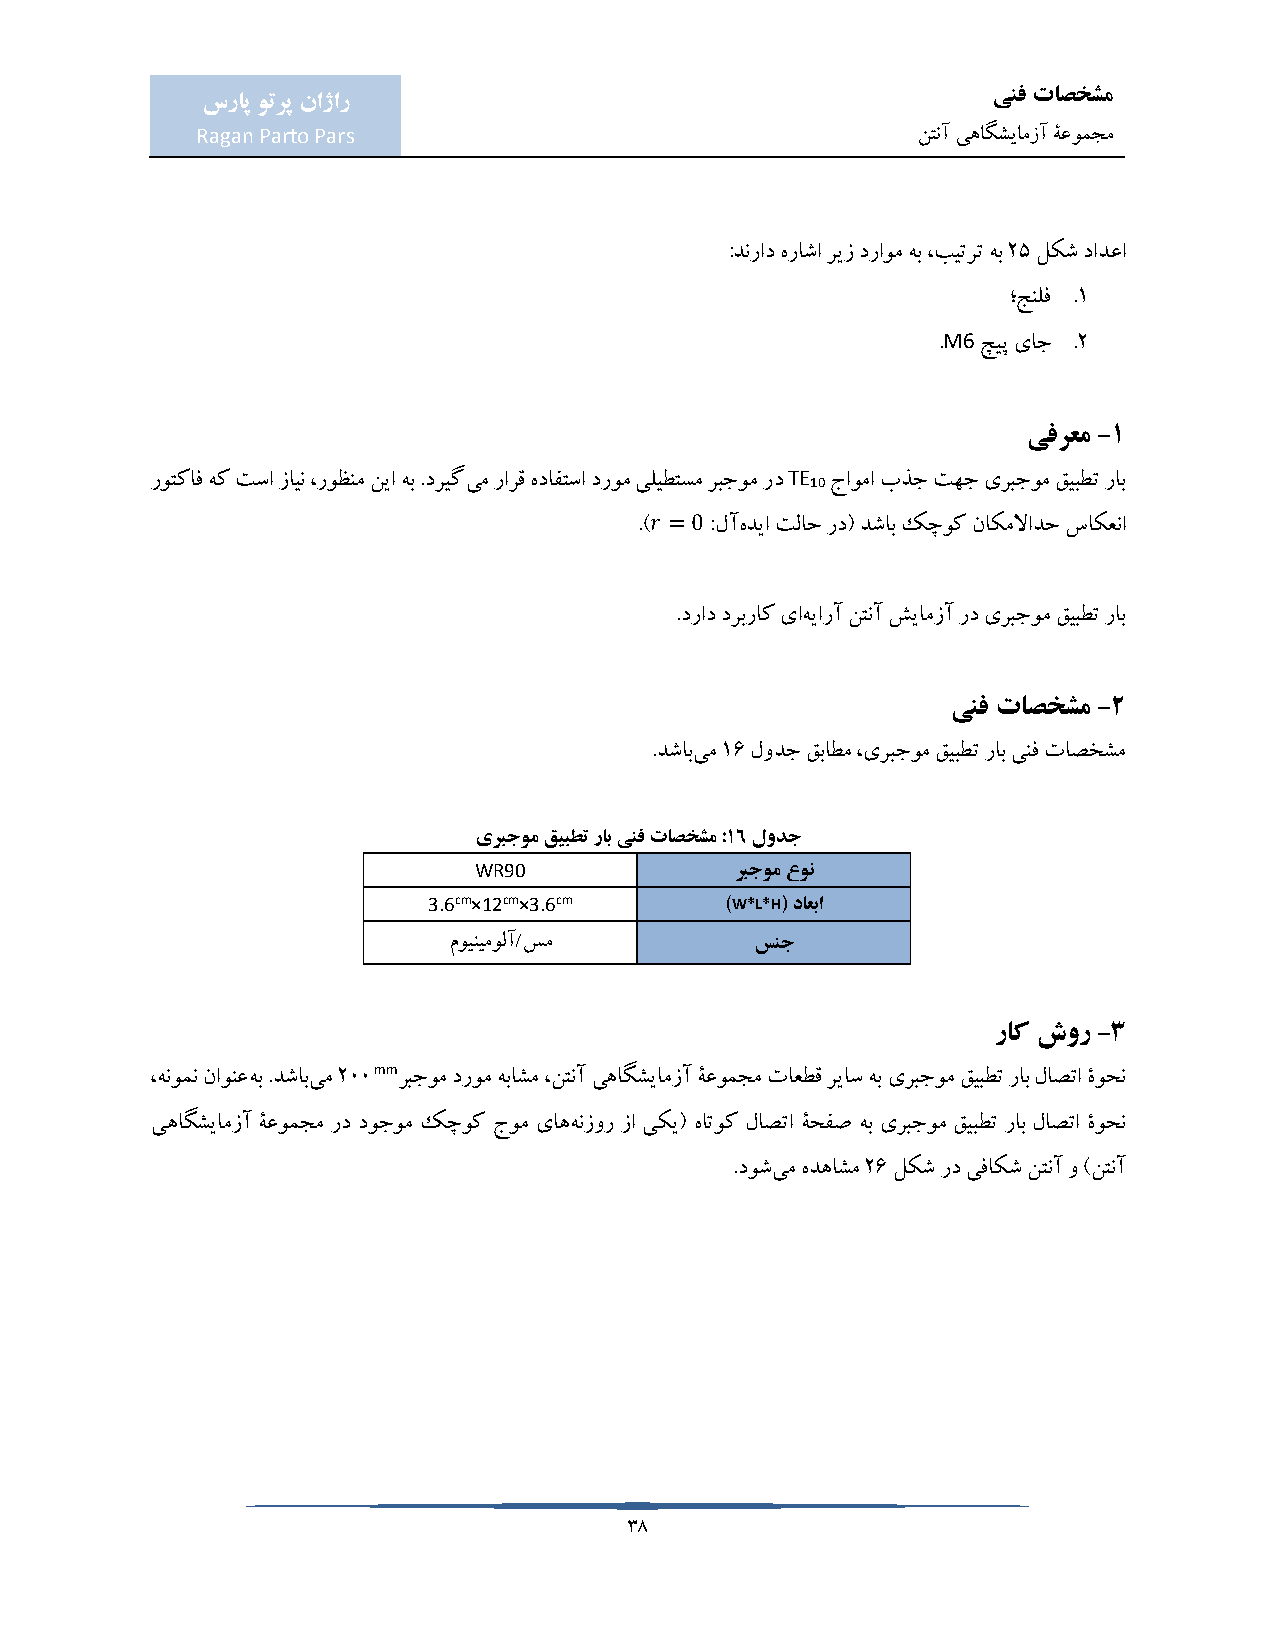
ینف تاصخشم
 سراپ وترپ ناژار
 Ragan Parto Pars                                نتنآ یهاگشیامزآ ۀعومجم
 :دنراد هراشا ریز دراوم هب ،بیترت هب 25 لکش دادعا
 ؛جنلف .1
 M6
 .  چیپ یاج .2
 یفرعم -1
 TE
 روتکاف هک تسا زاین ،روظنم نیا هب .دریگیم رارق هدافتسا دروم یلیطتسم ربجوم رد 10 جاوما بذج تهج یربجوم قیبطت راب
 𝑟 = 0
 .)   :لآهدیا تلاح رد( دشاب کچوک ناکملاادح ساکعنا
 .دراد دربراک یاهیارآ نتنآ شیامزآ رد یربجوم قیبطت راب
 ینف تاصخشم -2
 .دشابیم 16 لودج قباطم ،یربجوم قیبطت راب ینف تاصخشم
 یربجوم قیبطت راب ینف تاصخشم :16 لودج
 WR90              ربجوم عون
 3.6cm×12cm×3.6cm    )W*L*H( داعبا
 موینیمولآ/سم        سنج
 راک شور -3
 mm
 ،هنومن ناونعهب .دشابیم 200 ربجوم دروم هباشم ،نتنآ یهاگشیامزآ ۀعومجم تاعطق ریاس هب یربجوم قیبطت راب لاصتا ۀوحن
 یهاگشیامزآ ۀعومجم رد دوجوم کچوک جوم یاههنزور زا یکی( هاتوک لاصتا ۀحفص هب یربجوم قیبطت راب لاصتا ۀوحن
 .دوشیم هدهاشم 26 لکش رد یفاکش نتنآ و )نتنآ
 38